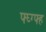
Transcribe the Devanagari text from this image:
फ्घ्ग्फ्ह